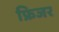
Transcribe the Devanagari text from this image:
फ्रिजर